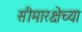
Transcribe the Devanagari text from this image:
सीमारक्षेच्या